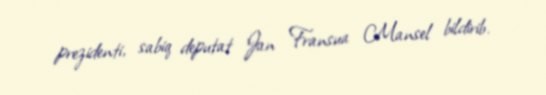
prezidenti, sabiq deputat Jan Fransua Mansel bildirib.